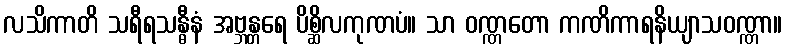
လသိကာတိ သရီရသန္ဓီနံ အဗ္ဘန္တရေ ပိစ္ဆိလကုဏပံ။ သာ ဝဏ္ဏတော ကဏိကာရနိယျာသဝဏ္ဏာ။